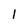
Character: 1